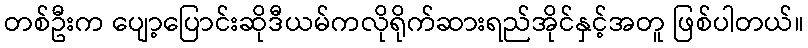
တစ်ဦးက ပျော့ပြောင်းဆိုဒီယမ်ကလိုရိုက်ဆားရည်အိုင်နှင့်အတူ ဖြစ်ပါတယ်။